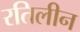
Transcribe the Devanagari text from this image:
रतिलीन